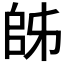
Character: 𫡜